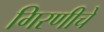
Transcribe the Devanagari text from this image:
गिरणीचे